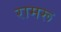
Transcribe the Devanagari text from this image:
रामरू